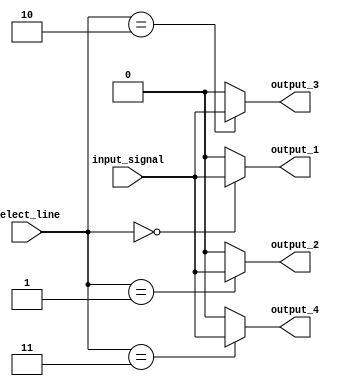
module demux_1_to_4 (
  input wire input_signal,
  input wire[1:0] select_line,
  output wire output_1,
  output wire output_2,
  output wire output_3,
  output wire output_4
);

  assign output_1 = (select_line == 2'b00) ? input_signal : 1'b0;
  assign output_2 = (select_line == 2'b01) ? input_signal : 1'b0;
  assign output_3 = (select_line == 2'b10) ? input_signal : 1'b0;
  assign output_4 = (select_line == 2'b11) ? input_signal : 1'b0;

endmodule